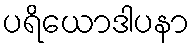
ပရိယောဒါပနာ